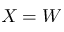
X = W